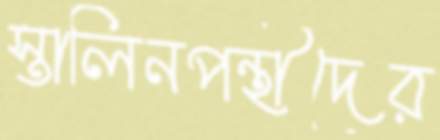
স্তালিনপন্থীদের